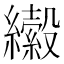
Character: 𦇍